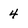
Character: 4